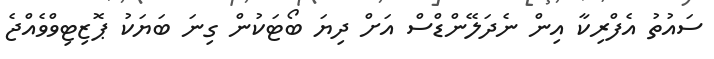
ސައުތު އެފްރިކާ އިން ނެދަލޭންޑްސް އަށް ދިޔަ ބޯޓަކުން ގިނަ ބަޔަކު ޕޮޒިޓިވްވެއްޖެ